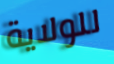
للولاية